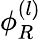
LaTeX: \phi_{R}^{(l)}